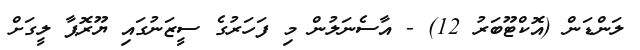
ލަންޑަން (އޮކްޓޫބަރު 12) - އާސެނަލުން މި ފަހަރުގެ ސީޒަނުގައި ޔޫރޮޕާ ލީގަށް